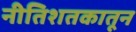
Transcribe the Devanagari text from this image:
नीतिशतकातून